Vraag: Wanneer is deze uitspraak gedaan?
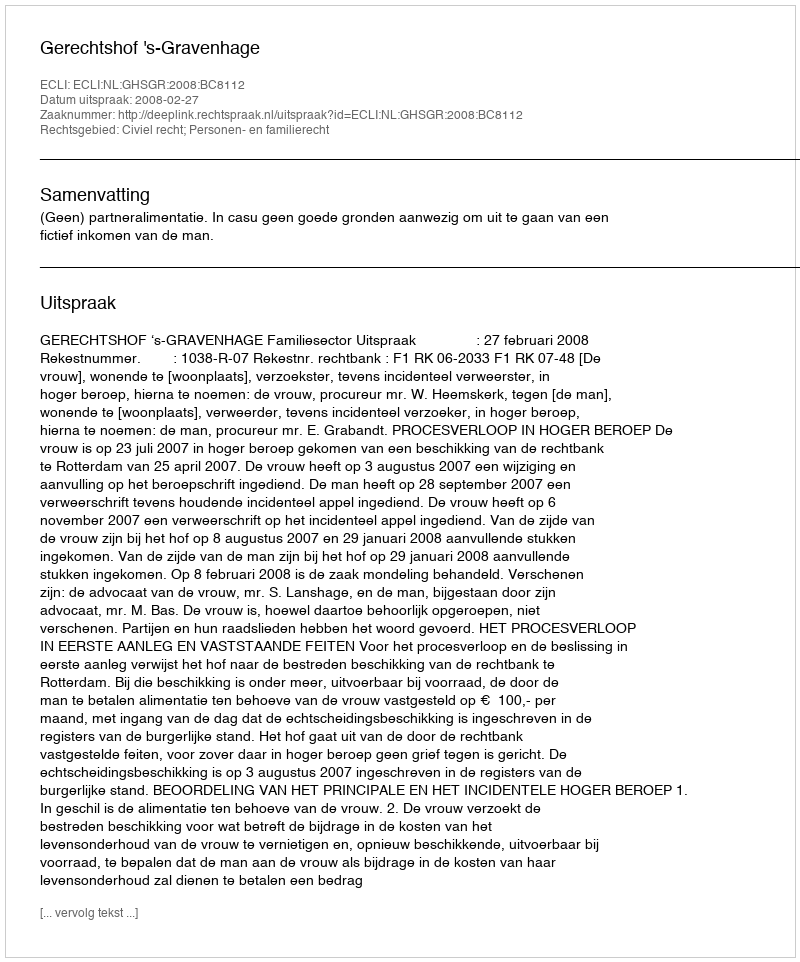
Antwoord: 2008-02-27